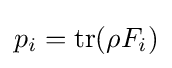
p_{i}=\operatorname {tr} (\rho F_{i})